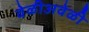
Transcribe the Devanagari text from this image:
वेळीअवेळी